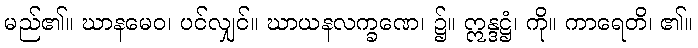
မည်၏။ ဃာနမေဝ၊ ပင်လျှင်။ ဃာယနလက္ခဏေ၊ ၌။ ဣန္ဒဋ္ဌံ၊ ကို။ ကာရေတိ၊ ၏။